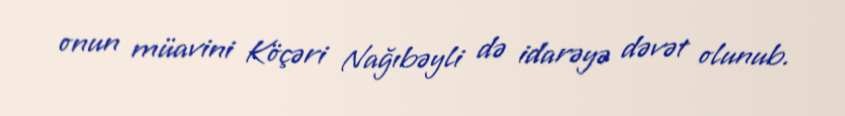
onun müavini Köçəri Nağıbəyli də idarəyə dəvət olunub.